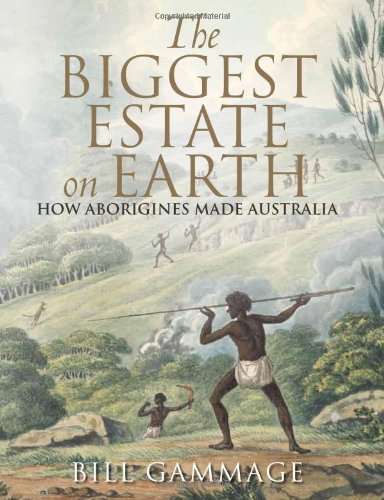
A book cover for The Biggest Estate on Earth: How Aborigines Made Australia; Bill Gammage; Science & Math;